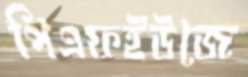
পিএফইউজে